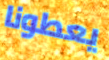
يعطونا